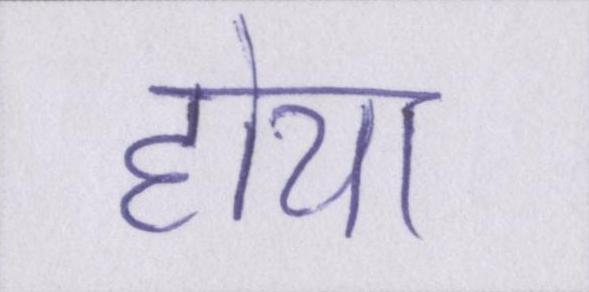
होया